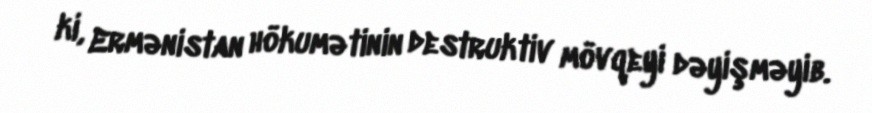
ki, Ermənistan hökumətinin destruktiv mövqeyi dəyişməyib.